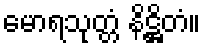
မောရသုတ္တံ နိဋ္ဌိတံ။